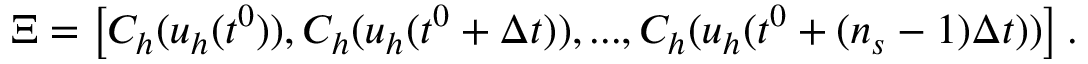
\Xi = \left[ C _ { h } ( \boldsymbol { u } _ { h } ( t ^ { 0 } ) ) , C _ { h } ( \boldsymbol { u } _ { h } ( t ^ { 0 } + \Delta t ) ) , . . . , C _ { h } ( \boldsymbol { u } _ { h } ( t ^ { 0 } + ( n _ { s } - 1 ) \Delta t ) ) \right] .